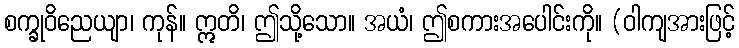
စက္ခုဝိညေယျာ၊ ကုန်။ ဣတိ၊ ဤသို့သော။ အယံ၊ ဤစကားအပေါင်းကို။ (ဝါကျအားဖြင့်